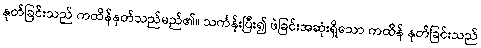
နုတ်ခြင်းသည် ကထိန်နုတ်သည်မည်၏။ သင်္ကန်းပြီး၍ ဖဲခြင်းအဆုံးရှိသော ကထိန် နုတ်ခြင်းသည်